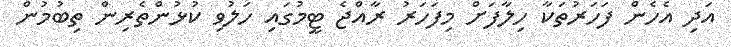
އަދި އެހެން ފަހަރުތަކާ ހިލާފަށް މިފަހަރު ރާއްޖެ ޓީމުގައި ހަލުވި ކުޅުންތެރިން ތިބުމުން